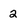
Character: 2